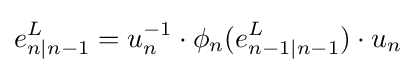
e_{n|n-1}^{L}=u_{n}^{-1}\cdot \phi _{n}(e_{n-1|n-1}^{L})\cdot u_{n}